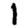
Digit: 1